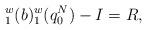
LaTeX: \begin{align*}_1^w(b)_1^w(q_0^N)-I=R,\end{align*}